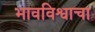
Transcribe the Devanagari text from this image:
भावविश्वाचा